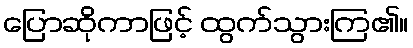
ပြောဆိုကာဖြင့် ထွက်သွားကြ၏။